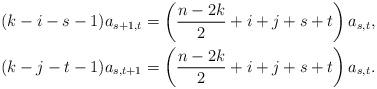
LaTeX: \begin{align*} (k-i-s-1)a_{s+1,t} & = \left(\frac{n-2k}{2}+i+j+s+t\right)a_{s,t} , \\ (k-j-t-1)a_{s,t+1} & = \left(\frac{n-2k}{2}+i+j+s+t\right)a_{s,t} . \end{align*}